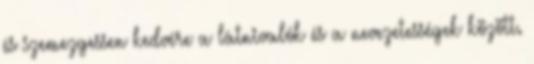
és szemezgessen kedvére a látnivalók és a nevezetességek között.